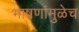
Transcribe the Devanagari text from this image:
भाषणांमुळेच